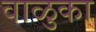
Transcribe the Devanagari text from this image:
वाळुका